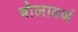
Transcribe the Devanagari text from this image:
बोलावणं